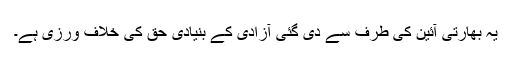
یہ بھارتی آئین کی طرف سے دی گئی آزادی کے بنیادی حق کی خلاف ورزی ہے۔